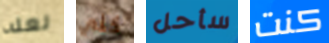
لعله كلي سأحل كنت